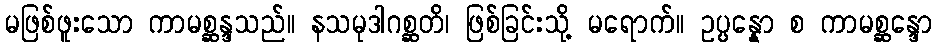
မဖြစ်ဖူးသော ကာမစ္ဆန္ဒသည်။ နသမုဒါဂစ္ဆတိ၊ ဖြစ်ခြင်းသို့ မရောက်။ ဥပ္ပန္နော စ ကာမစ္ဆန္ဒော